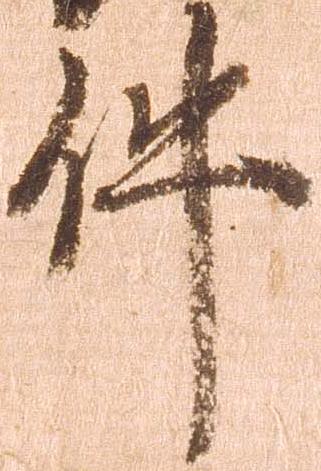
件